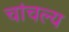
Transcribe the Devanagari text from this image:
चांचल्य